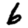
Digit: 6